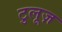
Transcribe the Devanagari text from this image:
टुलूज़